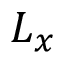
L _ { x }